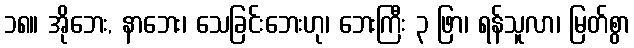
၁၈။ အိုဘေး, နာဘေး၊ သေခြင်းဘေးဟု၊ ဘေးကြီး ၃ ဖြာ၊ ရန်သူလာ၊ မြတ်စွာ